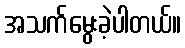
အသက်မွေးခဲ့ပါတယ်။